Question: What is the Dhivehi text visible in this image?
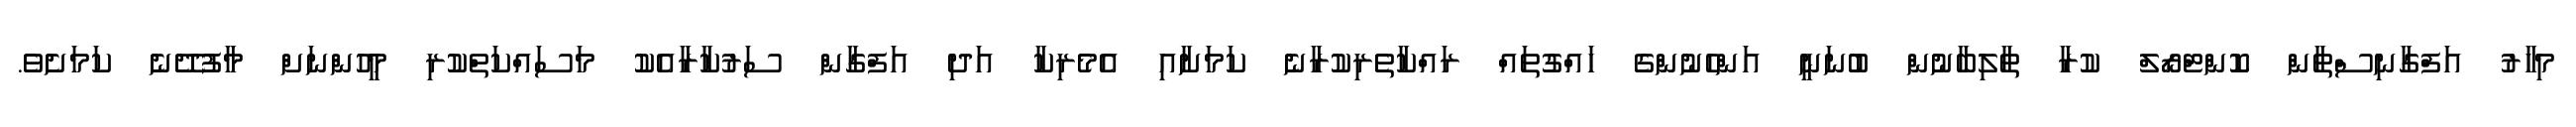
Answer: މިހާރު އަފްގާނިސްތާން ކޮންޓްރޯލް ކުރާ ތާލިބާނުން ބުނަނީ އަންހެނުންގެ ހައްގުތައް ރައްކާތެރިކުރާނެ ކަމަށާއި އެމެރިކާ އަދި އަފްގާން ސަރުކާރާއެކު މަސައްކަތްކުރި މީހުންނަށް މާފުދޭނެ ކަމަށެވެ.